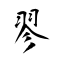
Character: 翏